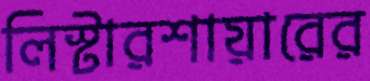
লিস্টারশায়ারের